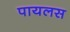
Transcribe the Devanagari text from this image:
पायलस